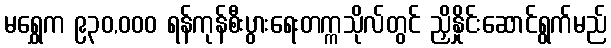
မရွှေက ၉၃၀,ဝဝဝ ရန်ကုန်စီးပွားရေးတက္ကသိုလ်တွင် ညှိနှိုင်းဆောင်ရွက်မည်